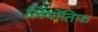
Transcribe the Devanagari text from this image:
लियोंतिफ